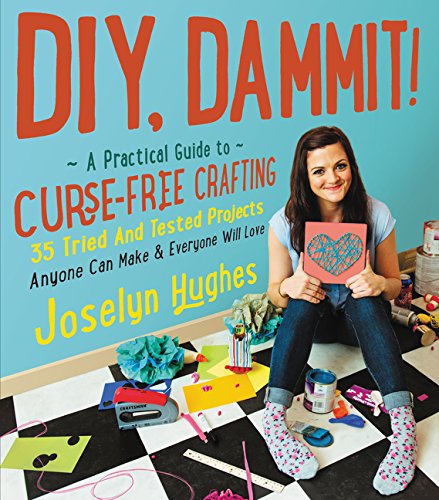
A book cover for DIY, Dammit!: A Practical Guide to Curse-Free Crafting; Joselyn Hughes; Humor & Entertainment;